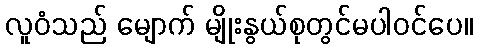
လူဝံသည် မျောက် မျိုးနွယ်စုတွင်မပါဝင်ပေ။